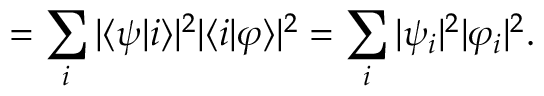
= \sum _ { i } | \langle \psi | i \rangle | ^ { 2 } | \langle i | \varphi \rangle | ^ { 2 } = \sum _ { i } | \psi _ { i } | ^ { 2 } | \varphi _ { i } | ^ { 2 } .